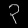
Digit: ၃